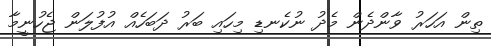
ތިން އަހަރު ވާންދެން މެދު ނުކެނޑި މިހައި ބަރު ދަބަހެއް އުފުލަން ޖެހުނީމާ